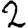
Digit: 2